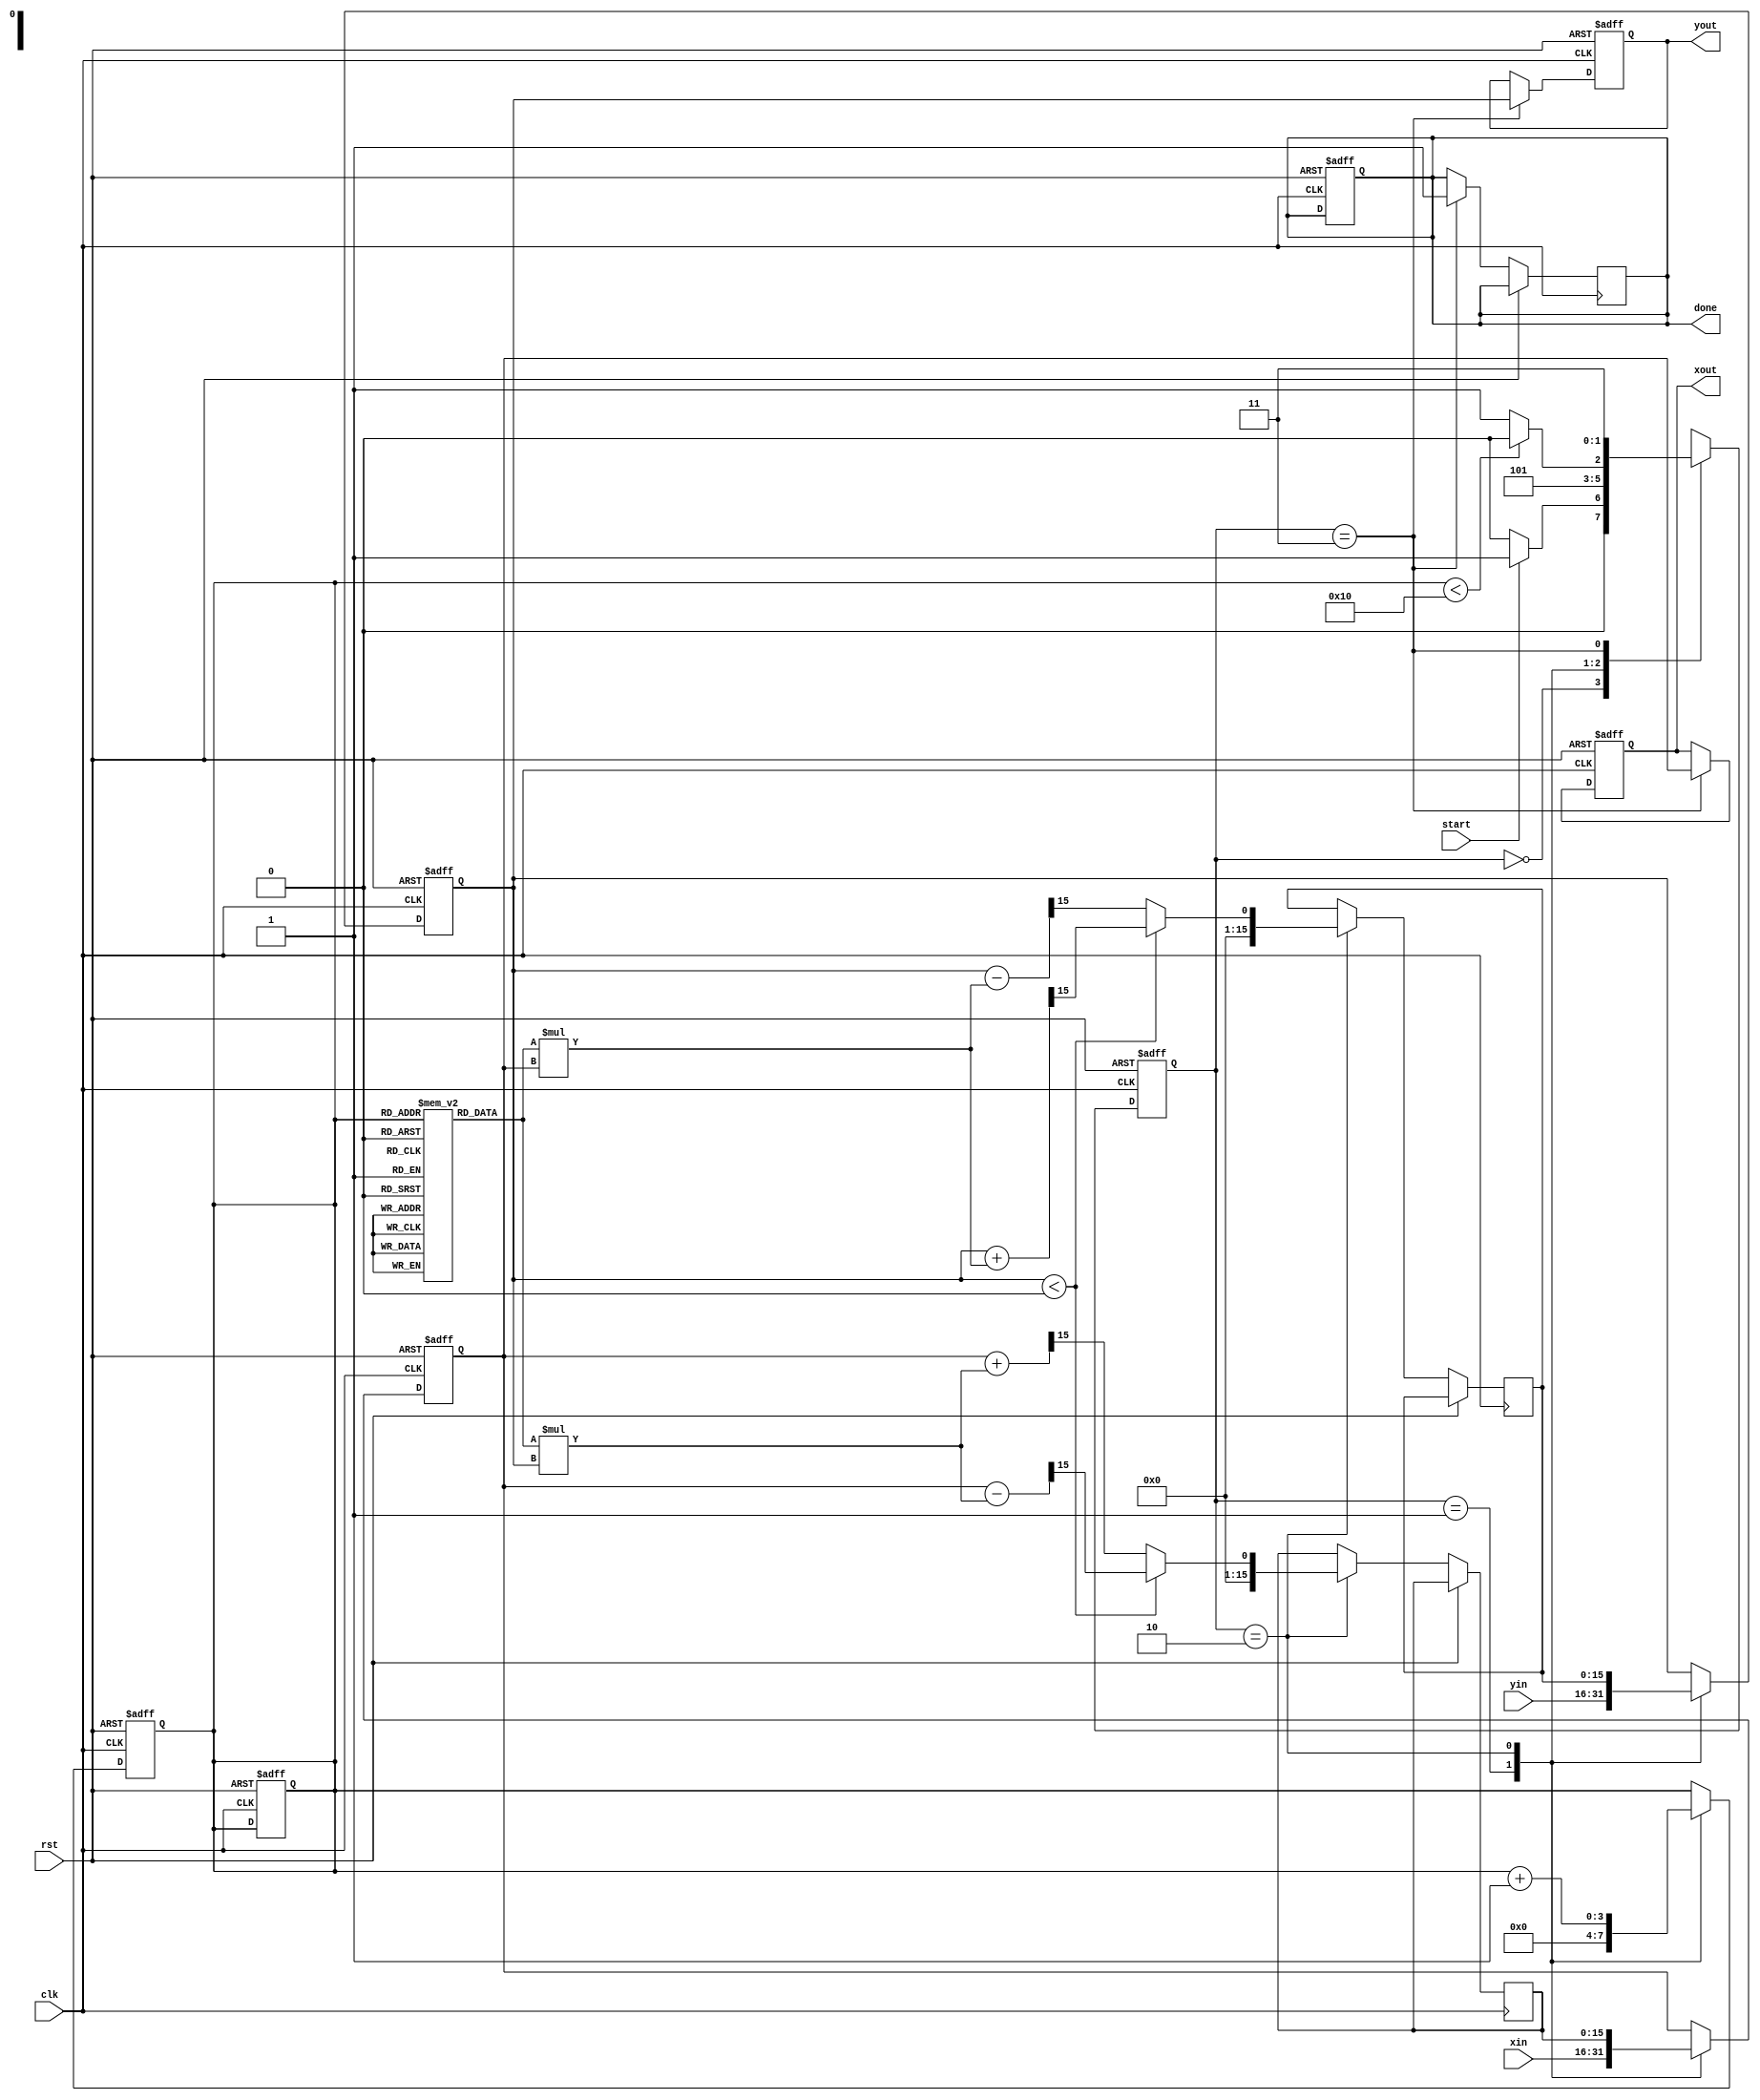
module complex_cordic #(parameter N = 16, // Number of iterations
                        parameter WIDTH = 16) // Bit width for the inputs/outputs
(
    input wire clk,
    input wire rst,
    input wire start,
    input wire signed [WIDTH-1:0] xin, // Input real part
    input wire signed [WIDTH-1:0] yin, // Input imaginary part
    output reg signed [WIDTH-1:0] xout, // Output real part
    output reg signed [WIDTH-1:0] yout, // Output imaginary part
    output reg done // Signal indicating that computation is complete
);

    // Internal variables
    reg signed [WIDTH-1:0] x, y, x_next, y_next;
    reg [4:0] angle; // Assuming we use 16 angles for 16 iterations
    reg [3:0] k; // Iteration counter
    reg [WIDTH-1:0] K [0:N-1]; // Scaling factors
    reg signed [WIDTH-1:0] LUT [0:N-1]; // Angle LUT
    reg [1:0] state; // FSM state
    reg [1:0] next_state;

    // Initialize scaling factors and LUT
    initial begin
        // Precompute K values for N iterations
        K[0] = 16'h2000; // 1/sqrt(1+2^0)
        K[1] = 16'h1732; // 1/sqrt(1+2^(-1))
        K[2] = 16'h12D4; // 1/sqrt(1+2^(-2))
        // ... Fill the rest of K values
        
        // Initialize LUT with arctangent values (in fixed-point)
        LUT[0] = 16'h0000; // atan(0)
        LUT[1] = 16'hC90F; // atan(1/2^1)
        LUT[2] = 16'hA57F; // atan(1/2^2)
        // ... Fill the rest of LUT values
    end

    // FSM states
    localparam IDLE = 2'b00,
               INIT = 2'b01,
               ITERATE = 2'b10,
               DONE = 2'b11;

    // State transition logic
    always @(posedge clk or posedge rst) begin
        if (rst) begin
            state <= IDLE;
            k <= 0;
            done <= 0;
        end else begin
            state <= next_state;
        end
    end

    // Next state logic
    always @(*) begin
        case (state)
            IDLE: begin
                if (start) begin
                    next_state = INIT;
                end else begin
                    next_state = IDLE;
                end
            end
            INIT: begin
                next_state = ITERATE;
            end
            ITERATE: begin
                if (k < N) begin
                    next_state = ITERATE;
                end else begin
                    next_state = DONE;
                end
            end
            DONE: begin
                next_state = DONE;
            end
            default: next_state = IDLE;
        endcase
    end

    // Processing logic
    always @(posedge clk or posedge rst) begin
        if (rst) begin
            x <= 0;
            y <= 0;
            k <= 0;
            xout <= 0;
            yout <= 0;
        end else begin
            case (state)
                INIT: begin
                    x <= xin;
                    y <= yin;
                    k <= 0;
                end
                ITERATE: begin
                    if (y < 0) begin // Rotate counterclockwise
                        x_next <= x - (K[k] * y) >>> 15; // Scale by K[k]
                        y_next <= y + (K[k] * x) >>> 15; // Scale by K[k]
                    end else begin // Rotate clockwise
                        x_next <= x + (K[k] * y) >>> 15; // Scale by K[k]
                        y_next <= y - (K[k] * x) >>> 15; // Scale by K[k]
                    end
                    x <= x_next;
                    y <= y_next;
                    k <= k + 1;
                end
                DONE: begin
                    xout <= x; // Output final real part
                    yout <= y; // Output final imaginary part
                    done <= 1; // Set done signal
                end
            endcase
        end
    end

endmodule